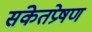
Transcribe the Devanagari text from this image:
संकेतप्रेषण